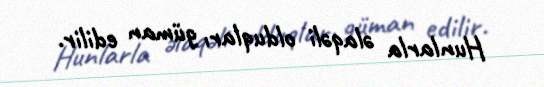
Hunlarla əlaqəli olduqları güman edilir.